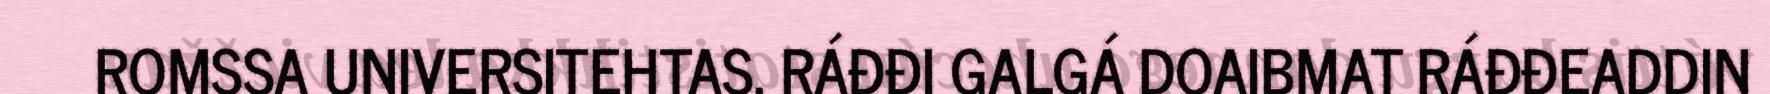
ROMSSA UNIVERSITEHTAS. RÁĐĐI GALGÁ DOAIBMAT RÁĐĐEADDIN